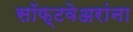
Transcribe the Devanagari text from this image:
सॉफ्टवेअरांना